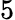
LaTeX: \mathord 5